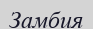
Замбия